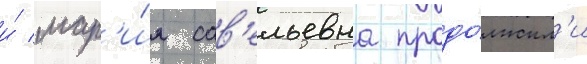
и́ мар'и́я сав'ельевна продо́лжил'и